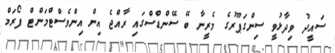
ސައީދު ވިދާޅުވީ ސިންގަޕޫރުގެ މެރީނާ ބޭ ސޭންޑްސްގައި ރާއްޖެ އިން އިންވެސްޓްމަންޓް ފޯރަމް